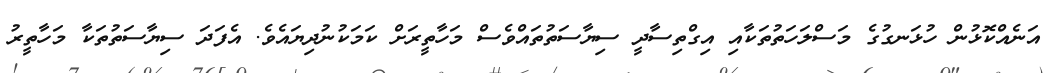
އަނެއްކޮޅުން ހުޅަނގުގެ މަސްލަހަތުތަކާއި އިގްތިސާދީ ސިޔާސަތުތައްވެސް މަހާތީރަށް ކަމަކުނުދިޔައެވެ. އެފަދަ ސިޔާސަތުތަކާ މަހާތީރު